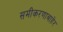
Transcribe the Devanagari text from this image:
समीकरणाबाहेर